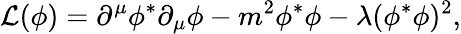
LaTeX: {\mathcal{L}}(\phi)=\partial^{\mu}\phi^{*}\partial_{\mu}\phi-m^{2}\phi^{*}\phi-\lambda(\phi^{*}\phi)^{2},